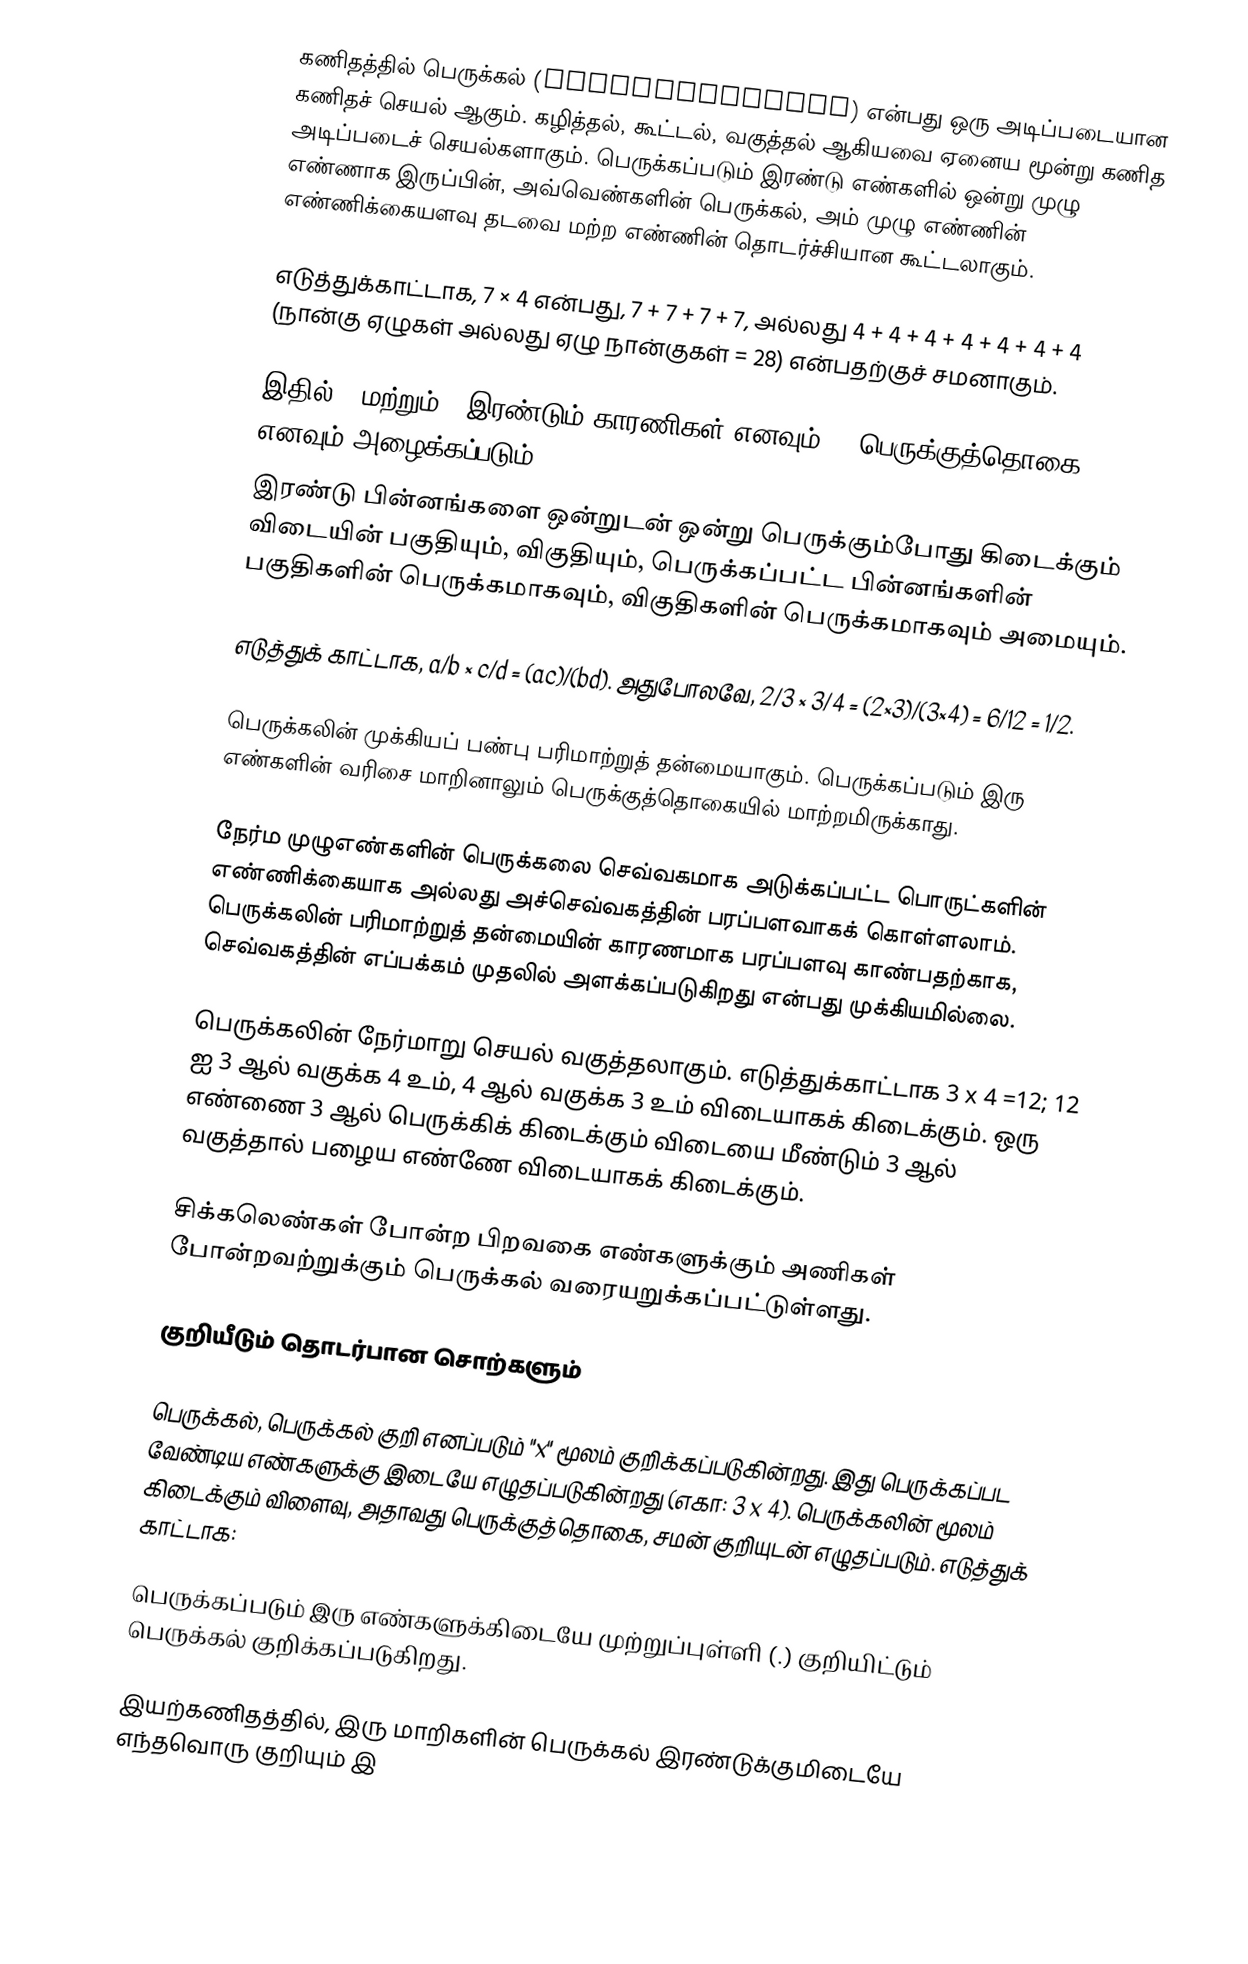
கணிதத்தில் பெருக்கல் (Multiplication) என்பது ஒரு அடிப்படையான கணிதச் செயல் ஆகும். கழித்தல், கூட்டல், வகுத்தல் ஆகியவை ஏனைய மூன்று கணித அடிப்படைச் செயல்களாகும். பெருக்கப்படும் இரண்டு எண்களில் ஒன்று முழு எண்ணாக இருப்பின், அவ்வெண்களின் பெருக்கல், அம் முழு எண்ணின் எண்ணிக்கையளவு தடவை மற்ற எண்ணின் தொடர்ச்சியான கூட்டலாகும்.

எடுத்துக்காட்டாக, 7 × 4 என்பது, 7 + 7 + 7 + 7, அல்லது 4 + 4 + 4 + 4 + 4 + 4 + 4 (நான்கு ஏழுகள் அல்லது ஏழு நான்குகள் = 28) என்பதற்குச் சமனாகும்.

இதில் 7 மற்றும் 4 இரண்டும் காரணிகள் எனவும் 28 பெருக்குத்தொகை எனவும் அழைக்கப்படும்.
இரண்டு பின்னங்களை ஒன்றுடன் ஒன்று பெருக்கும்போது கிடைக்கும் விடையின் பகுதியும், விகுதியும், பெருக்கப்பட்ட பின்னங்களின் பகுதிகளின் பெருக்கமாகவும், விகுதிகளின் பெருக்கமாகவும் அமையும்.

எடுத்துக் காட்டாக, a/b × c/d = (ac)/(bd). அதுபோலவே, 2/3 × 3/4 = (2×3)/(3×4) = 6/12 = 1/2.

பெருக்கலின் முக்கியப் பண்பு பரிமாற்றுத் தன்மையாகும். பெருக்கப்படும் இரு எண்களின் வரிசை மாறினாலும் பெருக்குத்தொகையில் மாற்றமிருக்காது.

நேர்ம முழுஎண்களின் பெருக்கலை செவ்வகமாக அடுக்கப்பட்ட பொருட்களின் எண்ணிக்கையாக அல்லது அச்செவ்வகத்தின் பரப்பளவாகக் கொள்ளலாம். பெருக்கலின் பரிமாற்றுத் தன்மையின் காரணமாக பரப்பளவு காண்பதற்காக, செவ்வகத்தின் எப்பக்கம் முதலில் அளக்கப்படுகிறது என்பது முக்கியமில்லை.

பெருக்கலின் நேர்மாறு செயல் வகுத்தலாகும். எடுத்துக்காட்டாக 3 x 4 =12; 12 ஐ 3 ஆல் வகுக்க 4 உம், 4 ஆல் வகுக்க 3 உம் விடையாகக் கிடைக்கும். ஒரு எண்ணை 3 ஆல் பெருக்கிக் கிடைக்கும் விடையை மீண்டும் 3 ஆல் வகுத்தால் பழைய எண்ணே விடையாகக் கிடைக்கும்.

சிக்கலெண்கள் போன்ற பிறவகை எண்களுக்கும் அணிகள் போன்றவற்றுக்கும் பெருக்கல் வரையறுக்கப்பட்டுள்ளது.

குறியீடும் தொடர்பான சொற்களும்

பெருக்கல், பெருக்கல் குறி எனப்படும் "x" மூலம் குறிக்கப்படுகின்றது.  இது பெருக்கப்பட வேண்டிய எண்களுக்கு இடையே எழுதப்படுகின்றது (எகா: 3 x 4). பெருக்கலின் மூலம் கிடைக்கும் விளைவு, அதாவது பெருக்குத்தொகை, சமன் குறியுடன் எழுதப்படும். எடுத்துக் காட்டாக:

பெருக்கப்படும் இரு எண்களுக்கிடையே முற்றுப்புள்ளி (.) குறியிட்டும் பெருக்கல் குறிக்கப்படுகிறது.

இயற்கணிதத்தில், இரு மாறிகளின் பெருக்கல் இரண்டுக்குமிடையே எந்தவொரு குறியும் இ